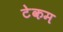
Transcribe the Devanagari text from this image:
टेकम